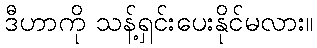
ဒီဟာကို သန့်ရှင်းပေးနိုင်မလား။